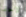
لاحقا